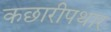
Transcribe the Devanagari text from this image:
कछारीपथार